Jaan_Tonisson_(Lasteleht), lk 399
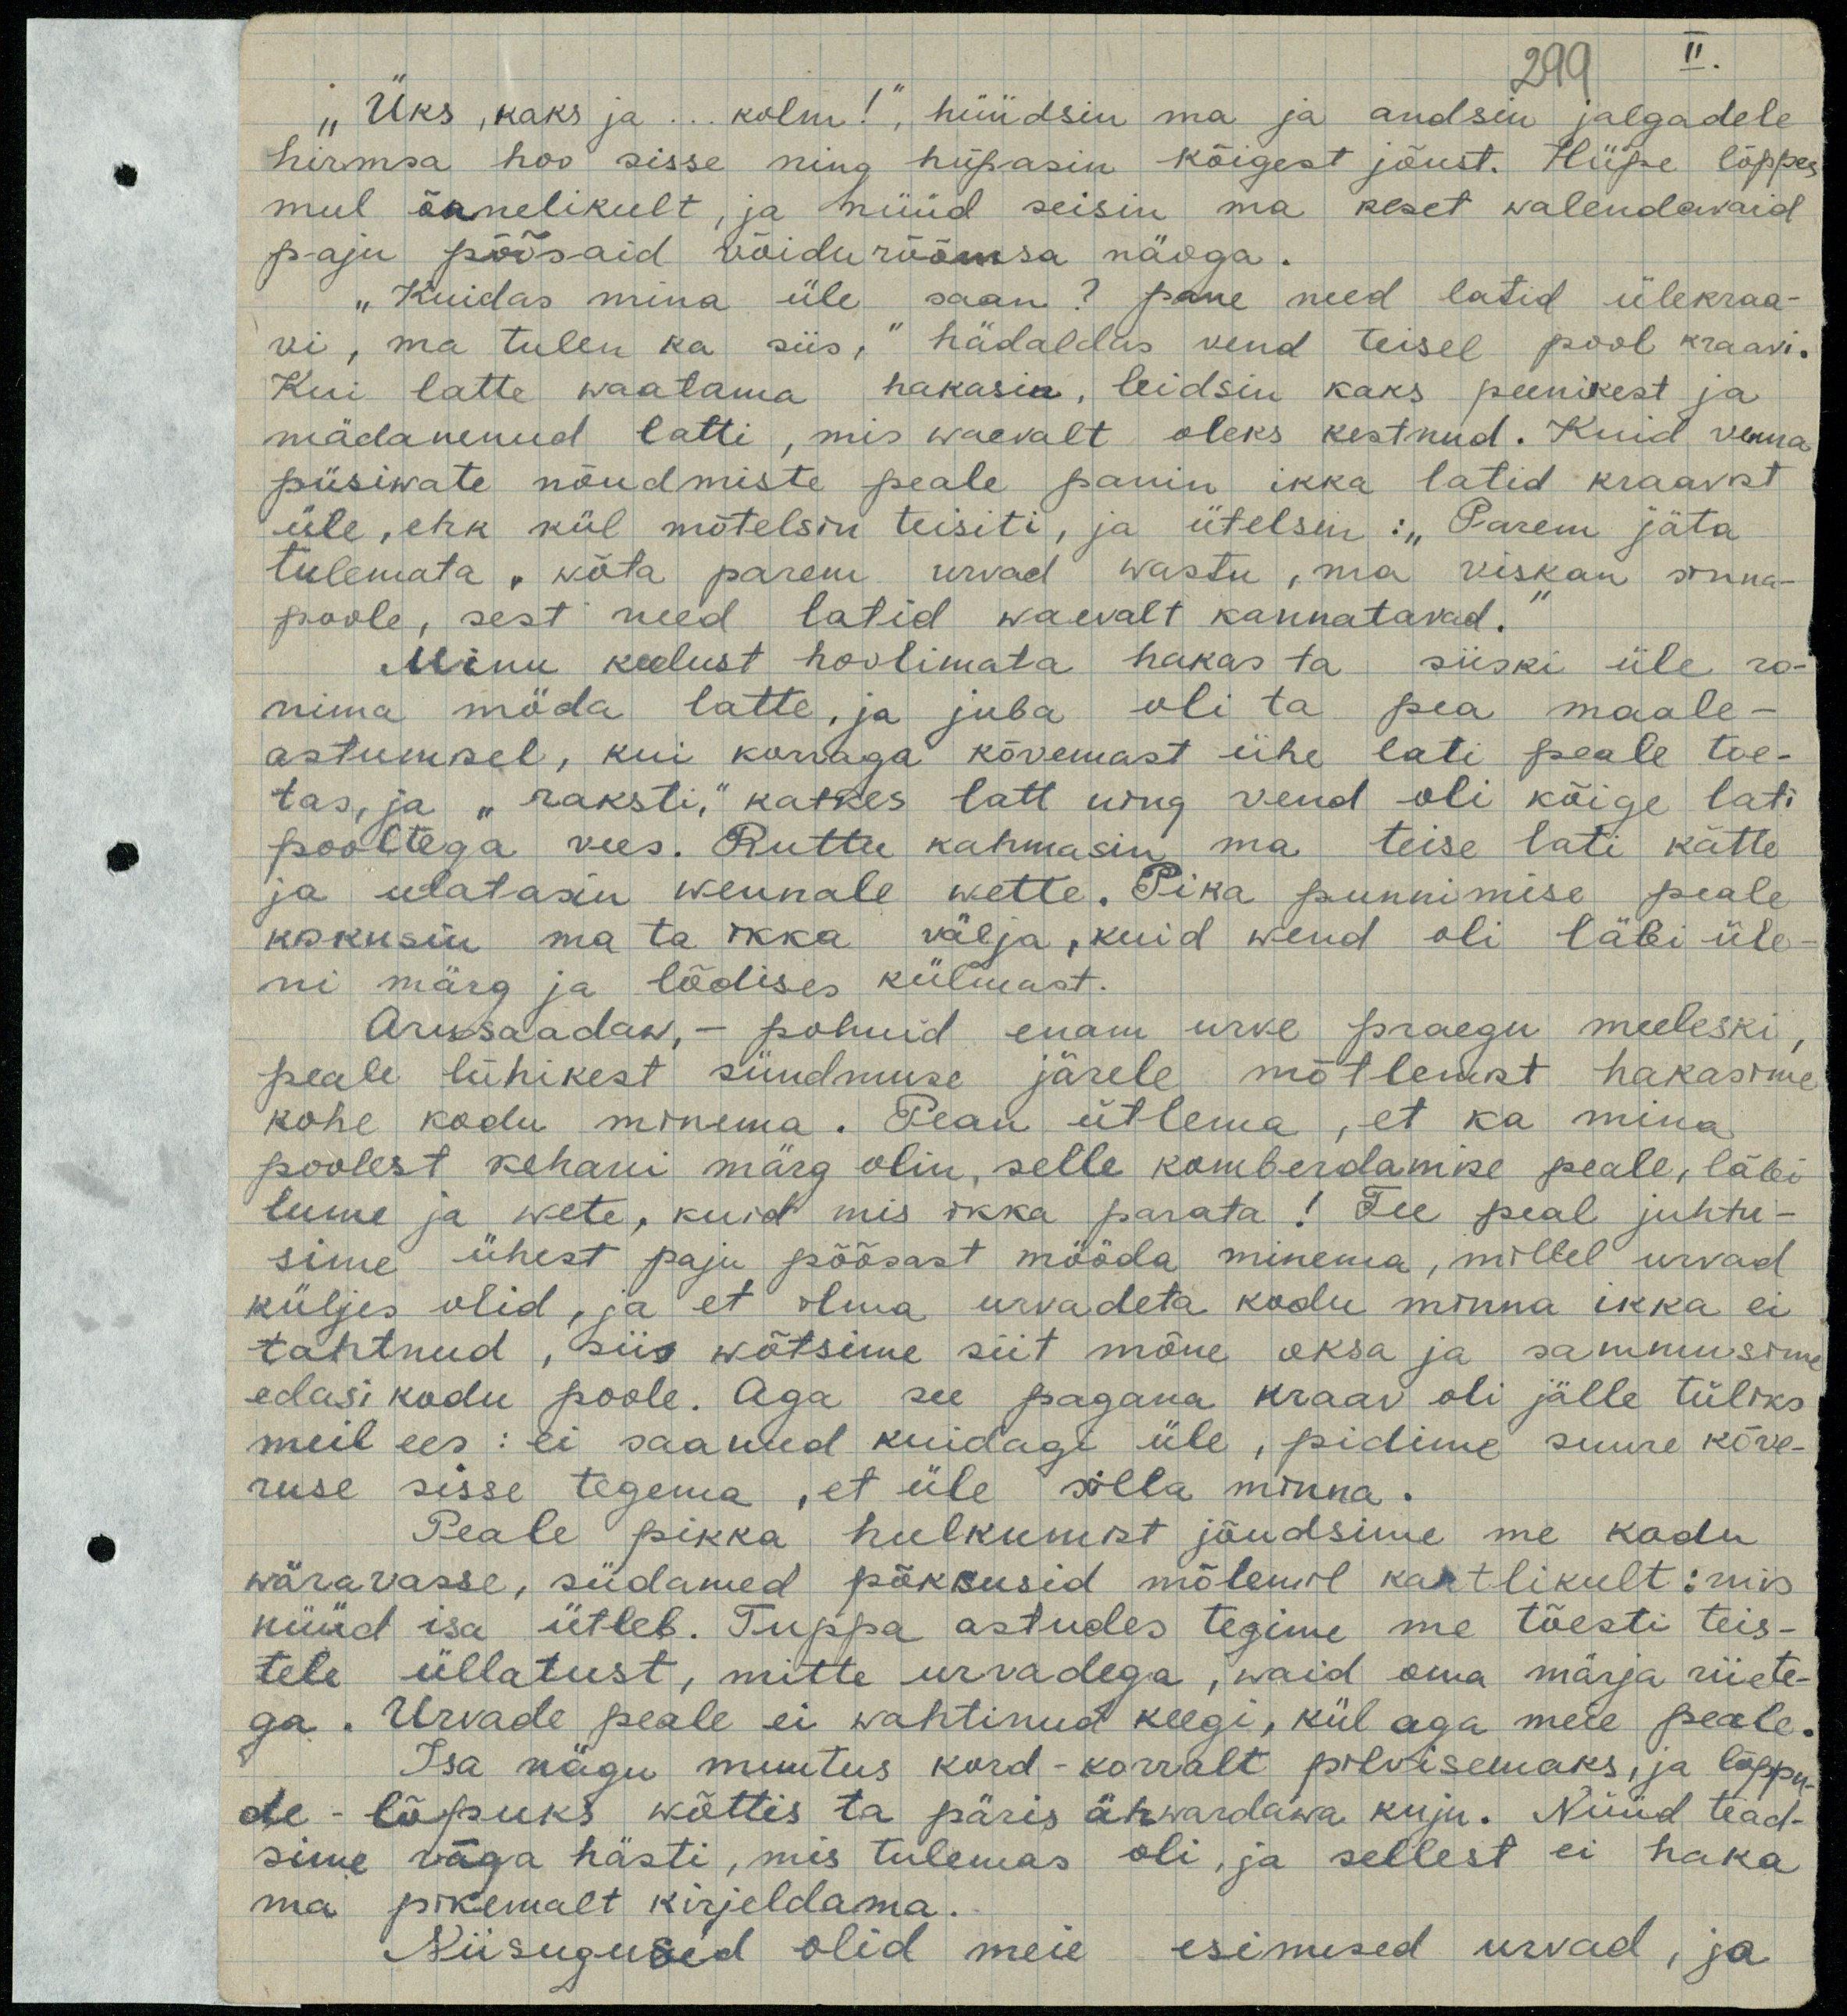
299

II.
"Üks, kaks ja... kolm!", hüüdsin ma ja andsin jalgadele
hirmsa hoo sisse ning hüpasin kõigest jõust. Hüpe lõppes
mul õnnelikult, ja nüüd seisin ma keset walendavaid
paju põõsaid võiduõõmsa näoga.
"Kuidas mina üle saan?" pane need latid ülekraa-
vi, ma tulen ka siis," hädaldas vend teisel pool kraavi.
Kui latte waatama hakasin, leidsin kaks peenikest ja
mädanenud latti, mis waevalt oleks kestnud. Kuid venna
püsiwate nõudmiste peale panin ikka latid kraavist
üle, ehk kül mõtelsin teisiti, ja ütelsin: "Parem jäta
tulemata, wõta parem urvad wastu, ma viskan anna-
poole, sest need latid waevalt kannatavad."
Minu keelust hoolimata hakas ta siiski üle ro-
nima möda latte, ja juba oli ta pea maale-
astumsel, kui korraga kõvemast ühe lati peale toe-
tas, ja "raksti," katkes latt ning vend oli kõige lati
pooltega vees. Ruttu kahmasin ma teise lati kätte
ja ulatasin wennale wette. Pika punnimise peale
kokusin ma ta ikka välja, kuid wend oli läbi üle-
ni märg ja lõdises külmast.
Arusaadaw, - polnud enam urve praegu meeleski
peale lühikest sündmuse järele mõtleust hakasime
kohe kodu minema. Pean ütlema, et ka mina
poolest kehani märg olin, selle komberdamise peale, läbi
lume ja wete, kuid mis ikka parata! Tee peal juhtu-
sime ühest paju põõsast mööda minema, millel urvad
küljes olid, ja et ilma urvadeta kodu minna ikka ei
tahtnud, siis wõtsime siit mõne oksa ja sammusime
edasi kodu poole. Aga see pagana kraav oli jälle tüliks.
meil ees: ei saanud kuidagi üle, pidime suure kõre-
ruse sisse tegema, et üle silla minna.
Peale pikka hulkumist jõudsime me kodu
wäravasse, südamed põksusid mõlenil kahtlikult: mis
nüüd isa ütleb. Tuppa astudes tegime me tõesti teis-
tele üllatust, mitte urvadega, waid oma märja riiete-
ga. Urvade peale ei wahtinud keegi, kül aga mele peale.
Isa nägu muutus kord-korralt pilvisemaks, ja lõppu
de lõpuks wõttis ta päris ähvardawa kuju. Nüüd tead-
sime väga hästi, mis tulemas oli, ja sellest ei haka
ma pikemalt kirjeldama.
Niisuguseid olid meie esimised urvad, ja